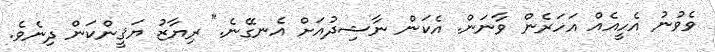
ވެވުނު އެހީއެއް އަހަރެން ވާނަން. އެކަން ނާޝިދުއަށް އެނގޭނެ." ރިޔާޒު ޔަޤީންކަން ދިނެވެ.